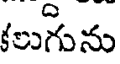
కలుగును